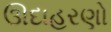
ઊદાહરણો